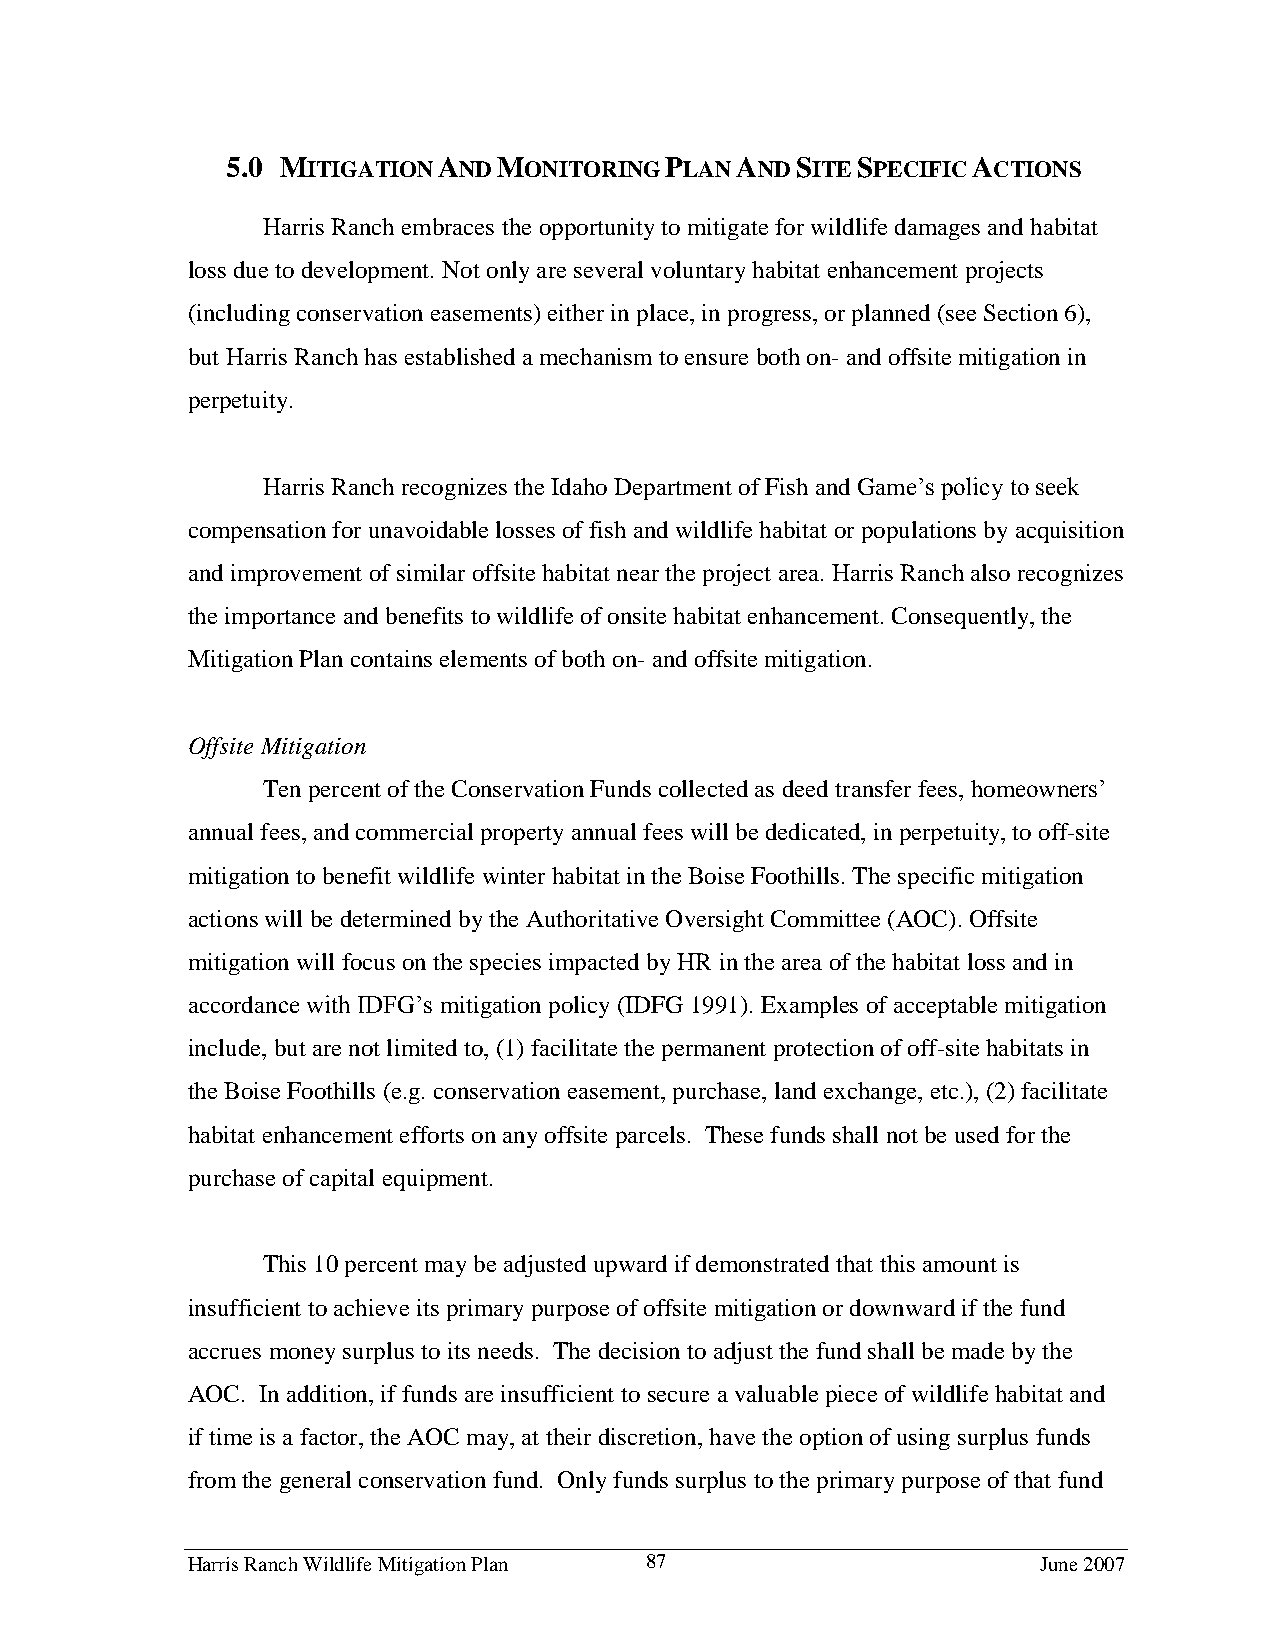
5.0 MITIGATION AND MONITORING PLAN AND SITE SPECIFIC ACTIONS
 Harris Ranch embraces the opportunity to mitigate for wildlife damages and habitat
 loss due to development. Not only are several voluntary habitat enhancement projects
 (including conservation easements) either in place, in progress, or planned (see Section 6),
 but Harris Ranch has established a mechanism to ensure both on- and offsite mitigation in
 perpetuity.
 Harris Ranch recognizes the Idaho Department of Fish and Game’s policy to seek
 compensation for unavoidable losses of fish and wildlife habitat or populations by acquisition
 and improvement of similar offsite habitat near the project area. Harris Ranch also recognizes
 the importance and benefits to wildlife of onsite habitat enhancement. Consequently, the
 Mitigation Plan contains elements of both on- and offsite mitigation.
 Offsite Mitigation
 Ten percent of the Conservation Funds collected as deed transfer fees, homeowners’
 annual fees, and commercial property annual fees will be dedicated, in perpetuity, to off-site
 mitigation to benefit wildlife winter habitat in the Boise Foothills. The specific mitigation
 actions will be determined by the Authoritative Oversight Committee (AOC). Offsite
 mitigation will focus on the species impacted by HR in the area of the habitat loss and in
 accordance with IDFG’s mitigation policy (IDFG 1991). Examples of acceptable mitigation
 include, but are not limited to, (1) facilitate the permanent protection of off-site habitats in
 the Boise Foothills (e.g. conservation easement, purchase, land exchange, etc.), (2) facilitate
 habitat enhancement efforts on any offsite parcels. These funds shall not be used for the
 purchase of capital equipment.
 This 10 percent may be adjusted upward if demonstrated that this amount is
 insufficient to achieve its primary purpose of offsite mitigation or downward if the fund
 accrues money surplus to its needs. The decision to adjust the fund shall be made by the
 AOC. In addition, if funds are insufficient to secure a valuable piece of wildlife habitat and
 if time is a factor, the AOC may, at their discretion, have the option of using surplus funds
 from the general conservation fund. Only funds surplus to the primary purpose of that fund
 Harris Ranch Wildlife Mitigation Plan 87                 June 2007